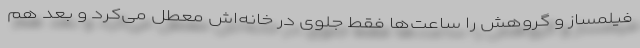
فیلمساز و گروهش را ساعت‌ها فقط جلوی در خانه‌اش معطل می‌کرد و بعد هم